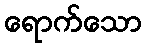
ရောက်သော